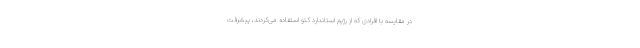
در مقایسه با افرادی که از رژیم استاندارد کتو استفاده می‌کردند، پیشرفت